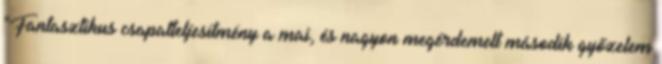
"Fantasztikus csapatteljesítmény a mai, és nagyon megérdemelt második győzelem